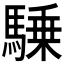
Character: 𱄥